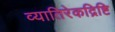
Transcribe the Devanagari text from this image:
व्यातिरेकद्रिष्टि